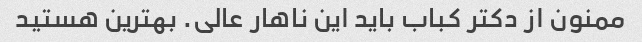
ممنون از دکتر کباب باید این ناهار عالی. بهترین هستید